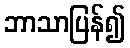
ဘာသာပြန်၍